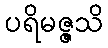
ပရိမဇ္ဇသိ